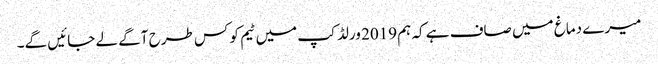
میرے دماغ میں صاف ہے کہ ہم 2019 ورلڈ کپ میں ٹیم کو کس طرح آگے لے جائیں گے۔